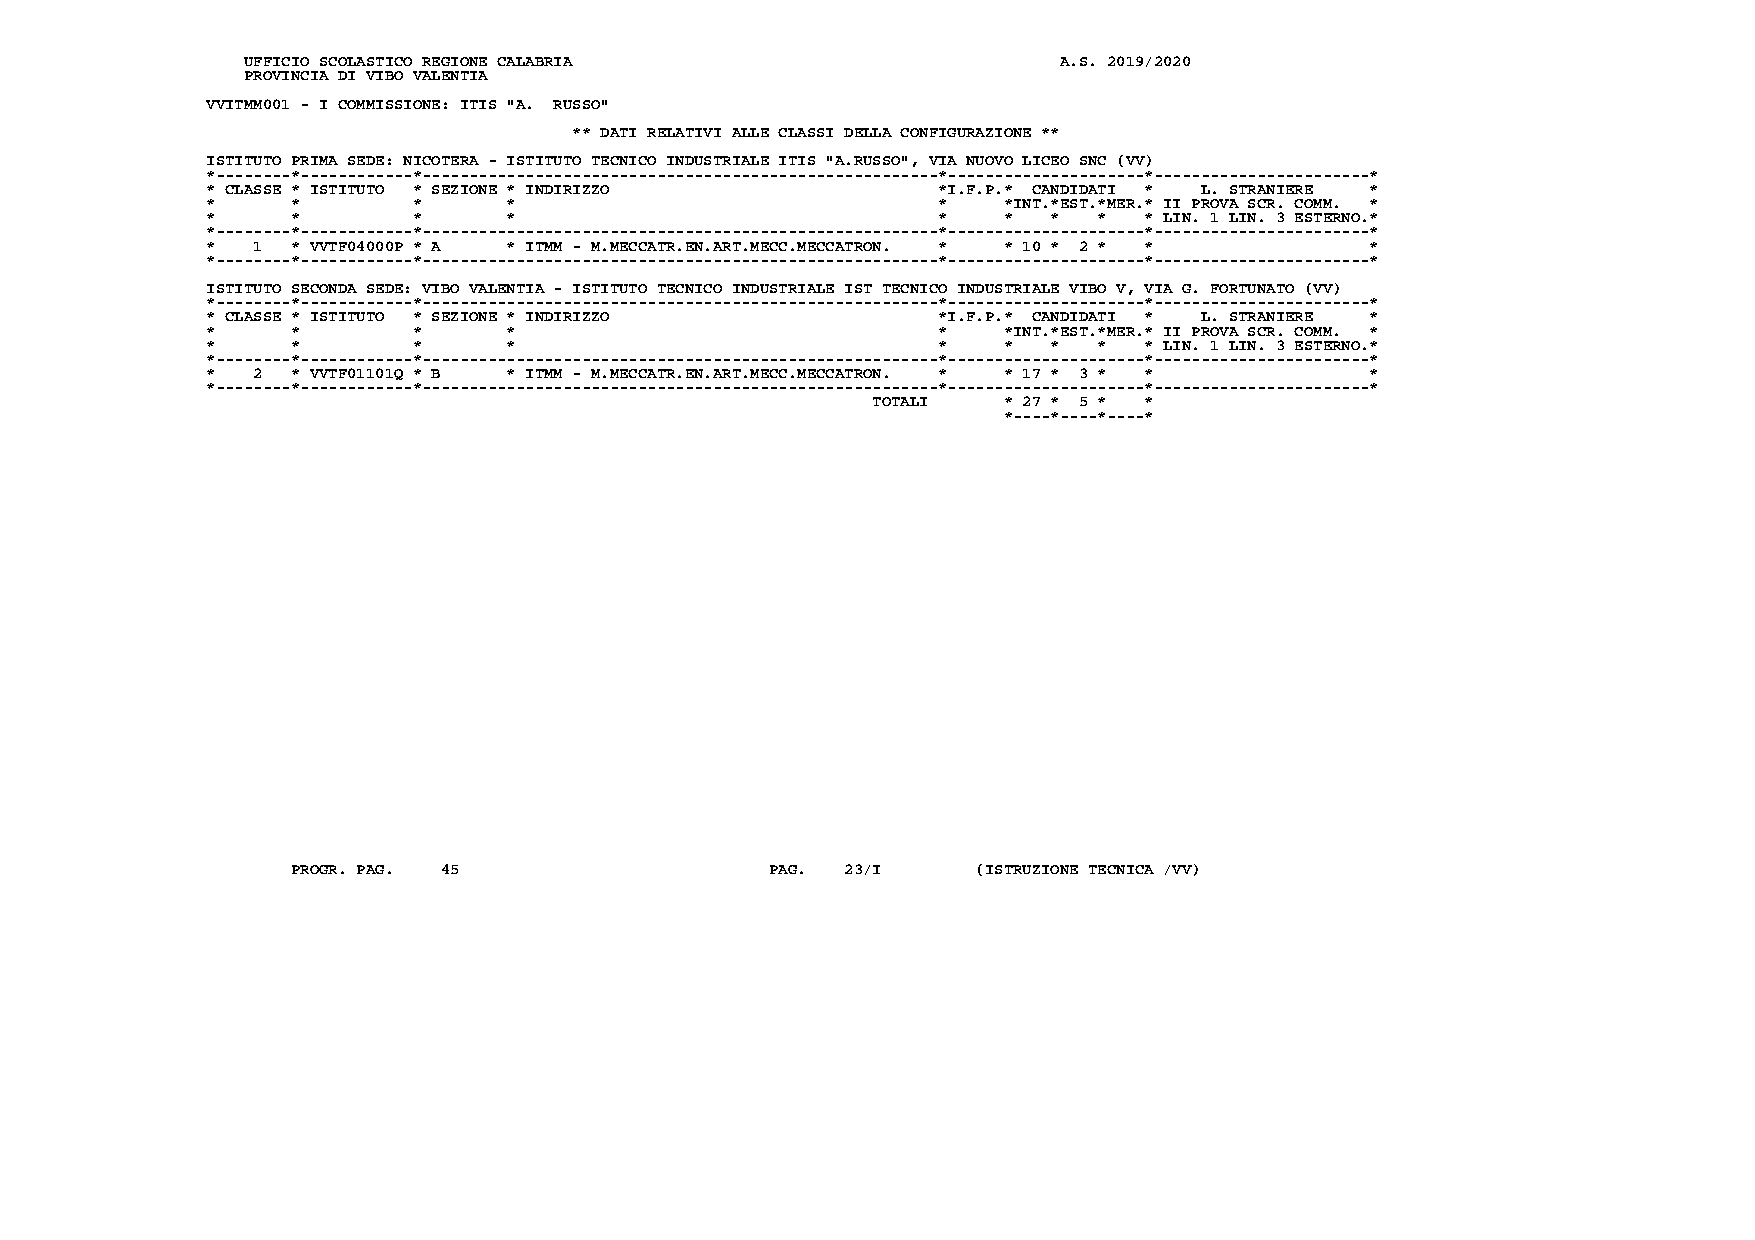
UFFICIO SCOLASTICO REGIONE CALABRIA                   A.S. 2019/2020
 PROVINCIA DI VIBO VALENTIA
 VVITMM001 - I COMMISSIONE: ITIS "A. RUSSO"
 ** DATI RELATIVI ALLE CLASSI DELLA CONFIGURAZIONE **
 ISTITUTO PRIMA SEDE: NICOTERA - ISTITUTO TECNICO INDUSTRIALE ITIS "A.RUSSO", VIA NUOVO LICEO SNC (VV)
 *--------*------------*-------------------------------------------------------*---------------------*-----------------------*
 * CLASSE * ISTITUTO * SEZIONE * INDIRIZZO       *I.F.P.* CANDIDATI * L. STRANIERE *
 *    *       *      *                           *   *INT.*EST.*MER.* II PROVA SCR. COMM. *
 *    *       *      *                           *   *   *  *  * LIN. 1 LIN. 3 ESTERNO.*
 *--------*------------*-------------------------------------------------------*---------------------*-----------------------*
 *  1 * VVTF04000P * A * ITMM - M.MECCATR.EN.ART.MECC.MECCATRON. * * 10 * 2 * * *
 *--------*------------*-------------------------------------------------------*---------------------*-----------------------*
 ISTITUTO SECONDA SEDE: VIBO VALENTIA - ISTITUTO TECNICO INDUSTRIALE IST TECNICO INDUSTRIALE VIBO V, VIA G. FORTUNATO (VV)
 *--------*------------*-------------------------------------------------------*---------------------*-----------------------*
 * CLASSE * ISTITUTO * SEZIONE * INDIRIZZO       *I.F.P.* CANDIDATI * L. STRANIERE *
 *    *       *      *                           *   *INT.*EST.*MER.* II PROVA SCR. COMM. *
 *    *       *      *                           *   *   *  *  * LIN. 1 LIN. 3 ESTERNO.*
 *--------*------------*-------------------------------------------------------*---------------------*-----------------------*
 *  2 * VVTF01101Q * B * ITMM - M.MECCATR.EN.ART.MECC.MECCATRON. * * 17 * 3 * * *
 *--------*------------*-------------------------------------------------------*---------------------*-----------------------*
 TOTALI  * 27 * 5 * *
 *----*----*----*
 PROGR. PAG. 45                  PAG. 23/I     (ISTRUZIONE TECNICA /VV)